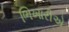
ભિખારીએ